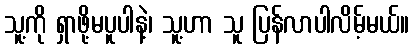
သူ့ကို ရှာဖို့မပူပါနဲ့၊ သူ့ဟာ သူ ပြန်လာပါလိမ့်မယ်။